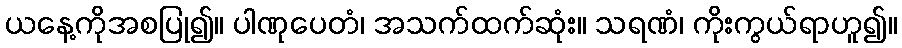
ယနေ့ကိုအစပြု၍။ ပါဏုပေတံ၊ အသက်ထက်ဆုံး။ သရဏံ၊ ကိုးကွယ်ရာဟူ၍။